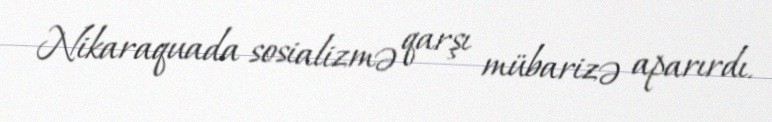
Nikaraquada sosializmə qarşı mübarizə aparırdı.